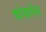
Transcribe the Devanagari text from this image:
कोबलेंज़